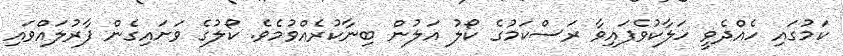
ކަމުގައި ހެއްދެވީ ހަލާކުވެފައިވާ ރަސްކަމުގެ ކޯލު އަލުން ބިނާކުރެއްވުމެވެ. ކޯލުގެ ވަށައިގެން ފާރުލައްވައި